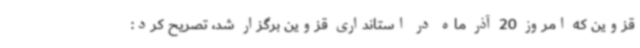
قزوین که امروز 20 آذر ماه در استانداری قزوین برگزار شد، تصریح کرد: